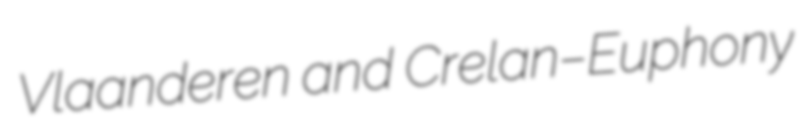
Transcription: Vlaanderen and Crelan–Euphony